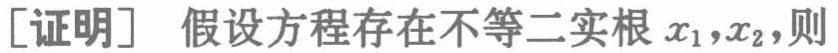
[证明] 假设方程存在不等二实根 \(x_1,x_2\)，则